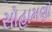
સોહામણો